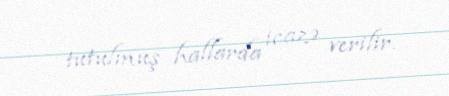
tutulmuş hallarda icazə verilir.